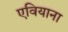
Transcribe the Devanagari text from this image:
एवियाना